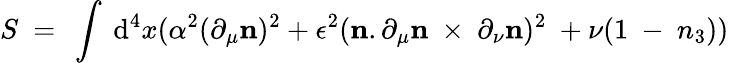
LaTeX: S~=~\int~\mathrm{d}^{4}x({\alpha^{2}}(\partial_{\mu}{\mathbf{n}})^{2}+\epsilon^{2}({\mathbf{n}}.\partial_{\mu}{\mathbf{n}}~\times~\partial_{\nu}{\mathbf{n}})^{2}~+\nu(1~-~n_{3}))